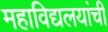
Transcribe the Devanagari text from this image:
महाविद्यलयांची